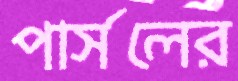
পার্সলের